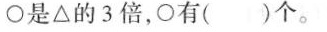
○是△的3倍，○有()个。